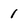
Character: 1